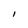
Character: I